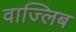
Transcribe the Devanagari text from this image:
वाज्लिब